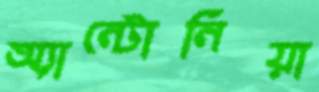
অ্যান্টোনিয়া